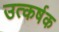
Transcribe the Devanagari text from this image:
उत्कर्षक